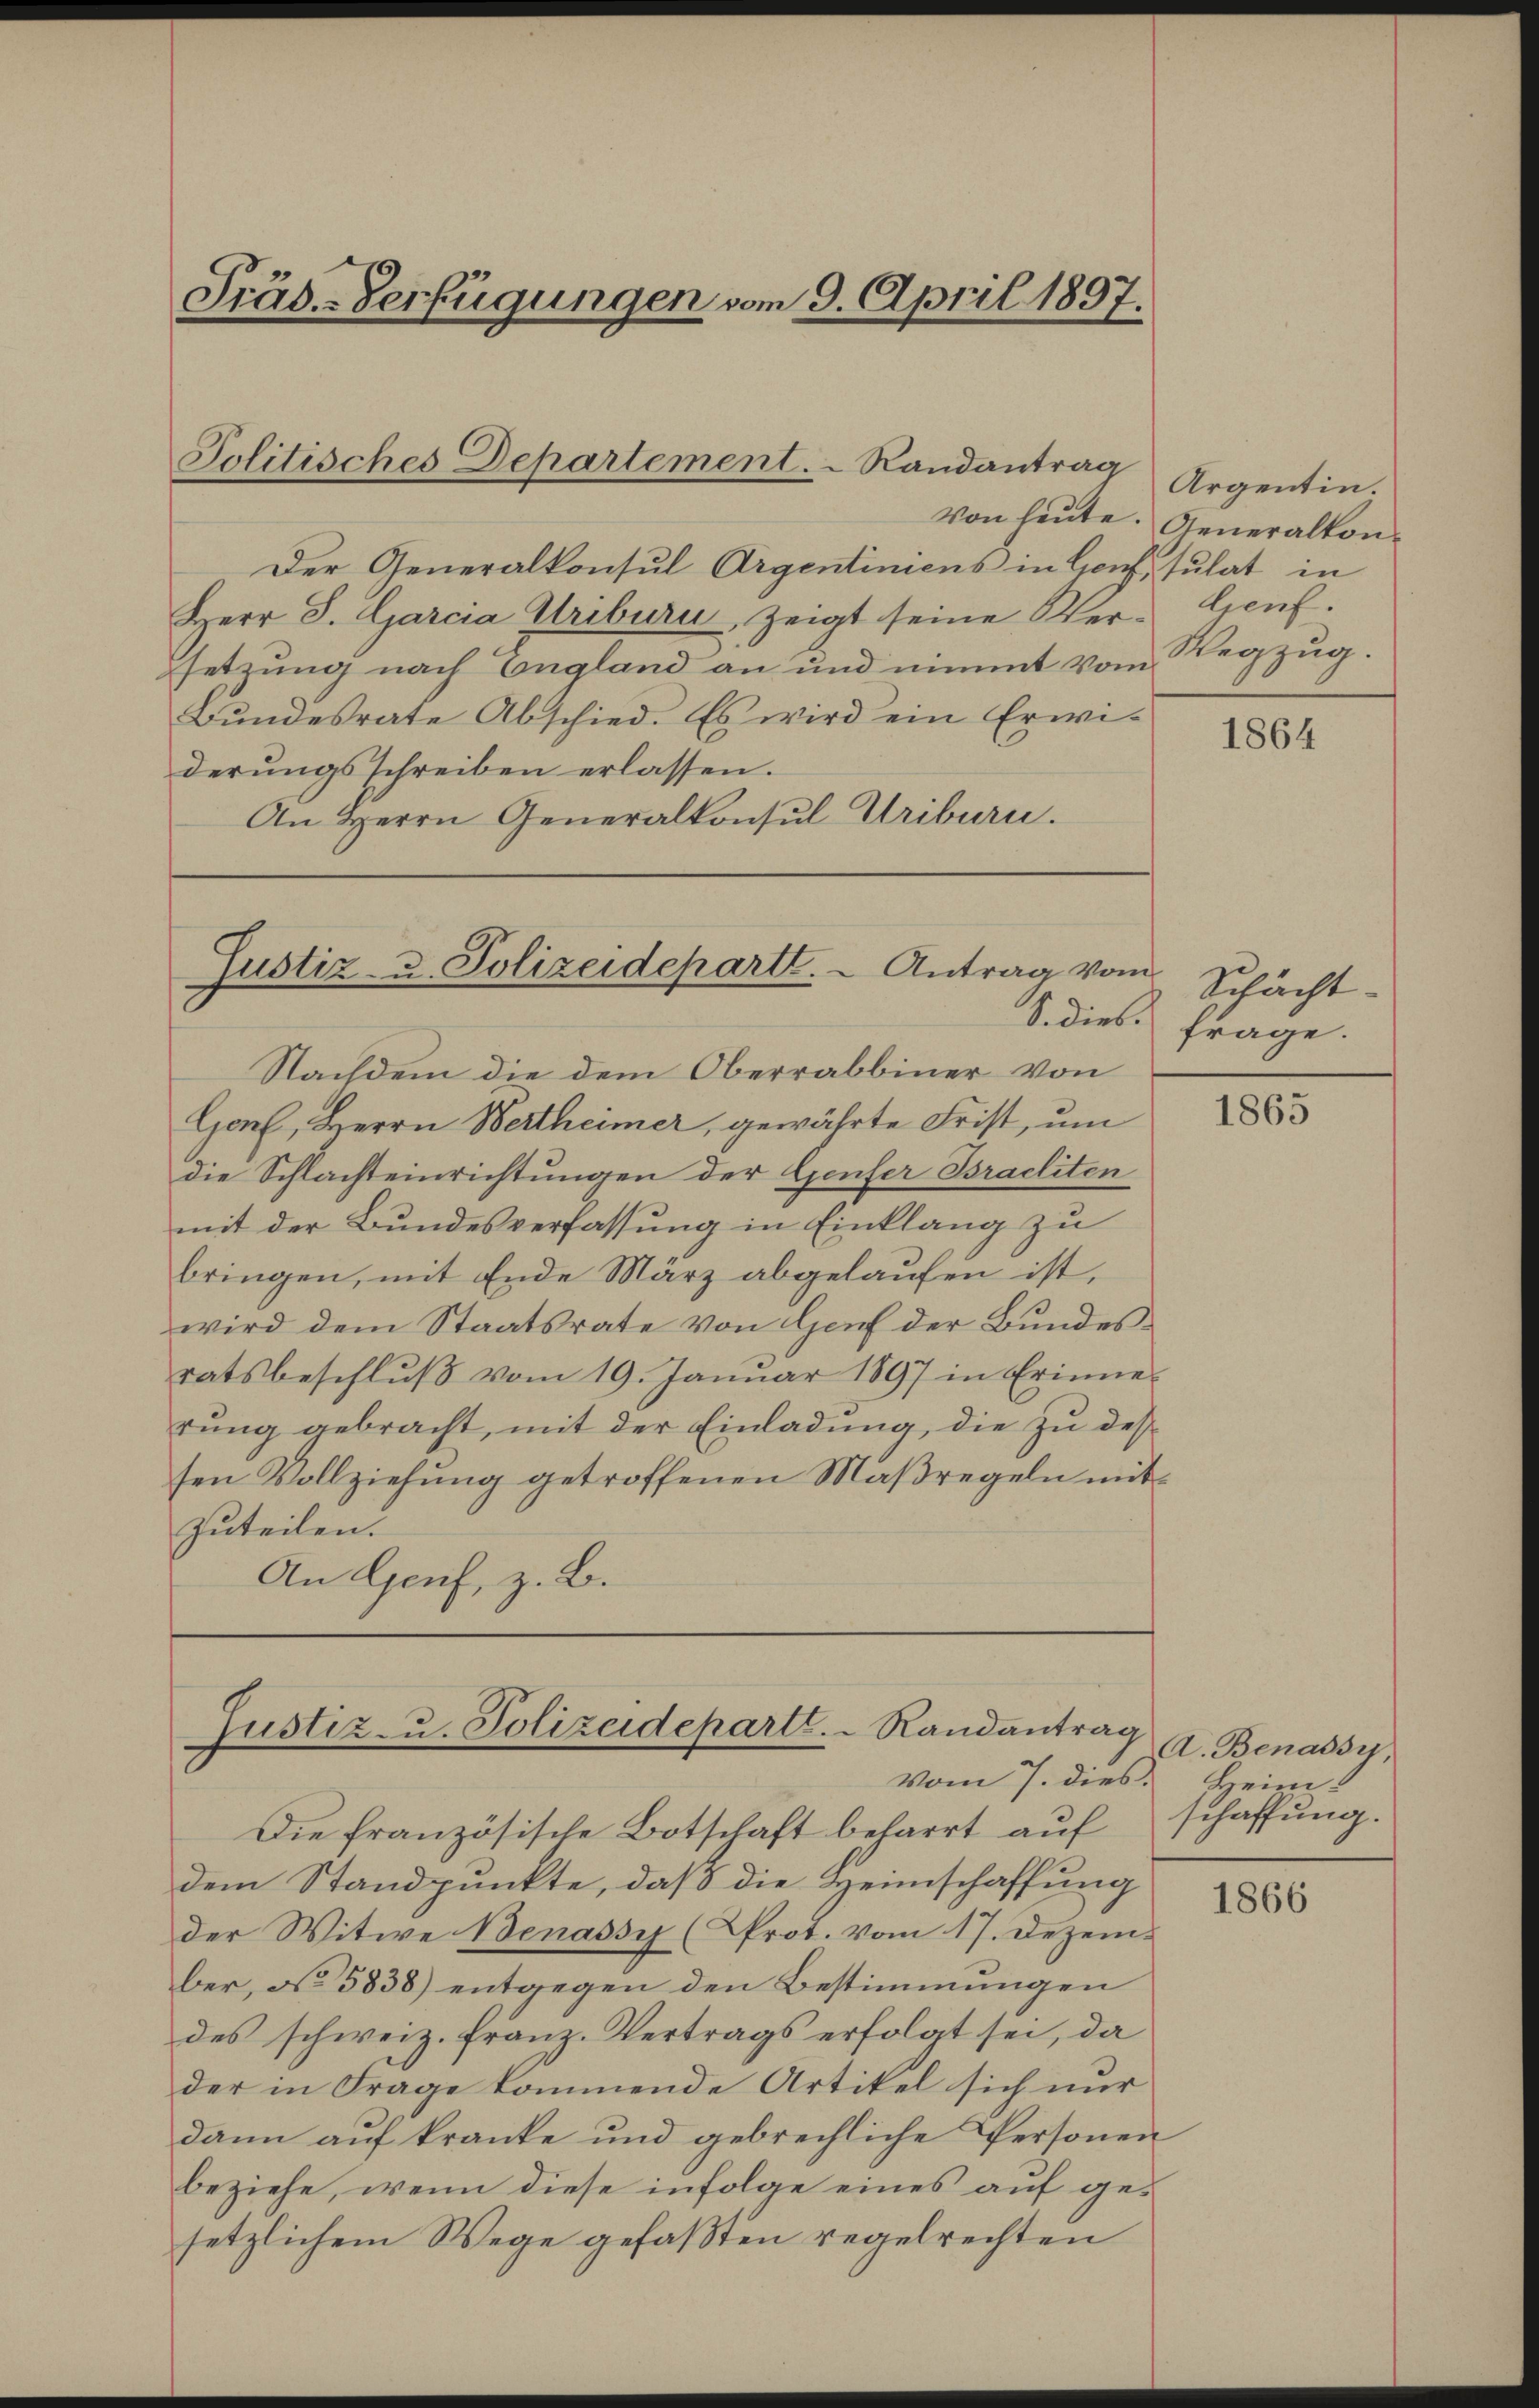
Präs.-Verfügungen vom 9. April 1897.

Der Generalkonsul Argentimens in Genf, sulat in
Herr S. Garcia Triburi, zeigt seine Versetzung nach England an und nimmt vom
Bŭndesrate Abschied. Es wird ein Erwi
derungsschreiben erlassen.
An Herrn Generalkonsul Uriburn.

Jolitisches Departement. Randantrag

Justiz- u. Polizeidepartt.  Antrag vom

Justiz- u. Polizeidepartl. Randantrag
vom 7. dies. Heim

Von heute. Generalkon¬

Nachdem die dem Oberrabbiner von
Genf, Herrn Wertheimer, gewährte Frist, um
die Schlachteinrichtungen der Genfer Braeliten
mit der Bundesverfassung in Einklang zu
bringen, mit Ende März abgelaufen ist,
wird dem Staatsrate von Hof der Bundesratsbeschlŭβ vom 19. Janŭar 1897 in Erinner
rung gebracht, mit der Einladung, die zu dessen Vollziehung getroffenen Maßregeln mitzuteilen.
An Genf, z. B.

Die französische Botschaft beharrt auf
dem Standpunkte, daß die Heimschaffung
der Witwe Benassy (Prot. vom 17. Dezember, No 5838) entgegen den Bestimmungen
des schweiz. Franz-Vertrags erfolgt sei, da
der in Frage kommende Artikel sich nur
dann auf kranke und gebrechliche Personen
beziehe, wenn diese infolge eines auf gesetzlichem Wege gefaßten regelrechten

Argentin.
Genf.
Wegzug.

1864

Schächt
S. dies frage.

1865

A. Benassy,
schaffung.

1866